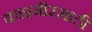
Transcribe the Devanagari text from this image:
काश्मीरसाठी